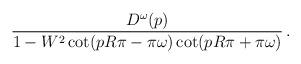
LaTeX: \begin{align*}\frac{D^\omega(p)}{1-W^2\cot(pR\pi-\pi \omega)\cot(pR\pi+\pi \omega)}\, .\end{align*}